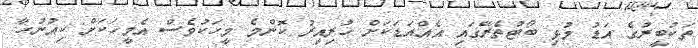
ތަކުބީރުގެ އަޑު މުޅި ބޯޓުތެރޭގައި އެއްއަޑަކަށް ހުރިއިރު ކޮންމެ މީހަކުވެސް އެމީހަކަށް ކިއުނުހާ